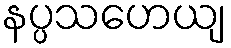
နပ္ပသဟေယျ